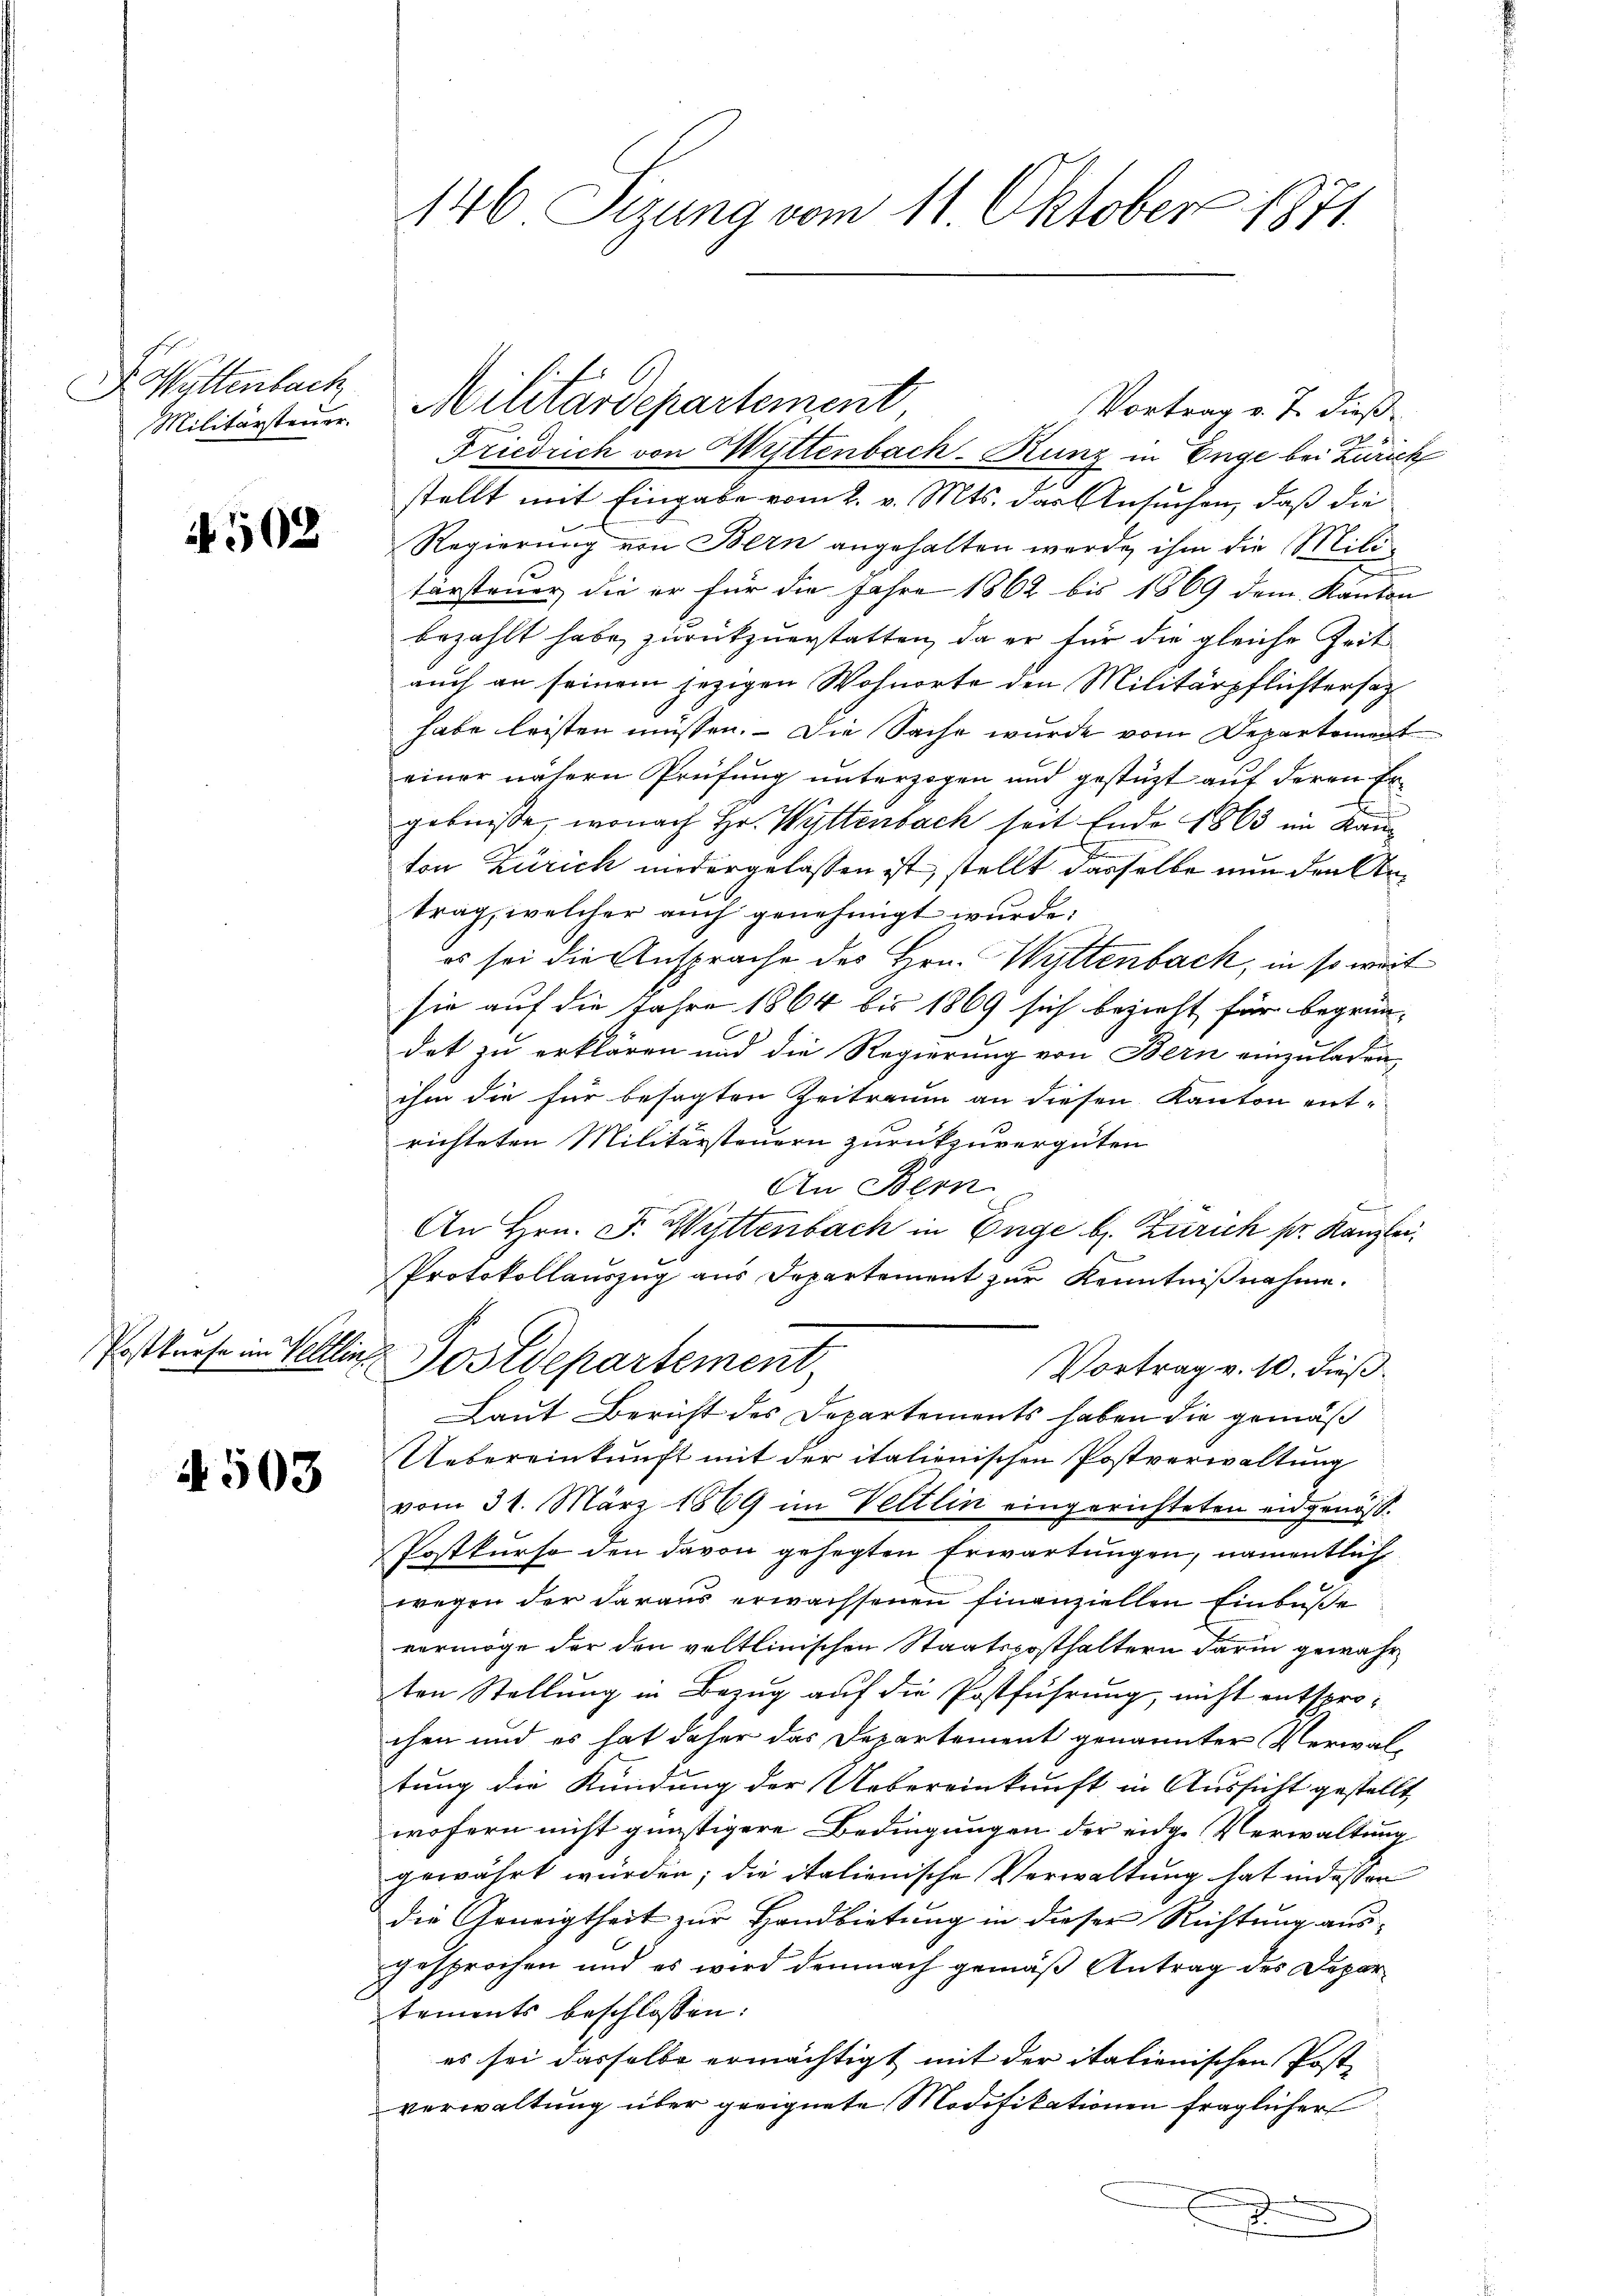
D. Wattenbach
Militärsteuer.

4502

Postkurse im Veltler,

N 503

146 Sizung vom 11. Oktober 1871

Vortrag v. J. dieß
Friedrich von Wittenbach-Rung in Enge bei Zürich
stellt mit Eingabe vom 2. v. Mts. das Ansuchen, daß die
Regierung von Bern angehalten werde ihm die Militürsteuer, die er für die Jahre 1862 bis 1869 dem Kanton
bezahlt habe, zurückzuerstatten, da er für die gleiche Zeit
auch an seinem jezigen Wohnorte den Militärpflichtersazhabe leisten müssen. Die Sache wurde vom Departement
einer nähern Prüfung unterzogen und gestützt auf deren Ergebnisse, wonach Hr. Wittenbach seit Ende 1863 im Kanton Zürich andergelassen ist, stellt dasselbe nun den Antrag, welcher auch genehmigt wurde;
es sei die Ansprache des Hrn. Wyttenbach, in so weit
sie auf die Jahre 1864 bis 1869 sich bezieht für begrün-
dat zu erklären und die Regierung von Bern einzuladen,
ihm die für besagten Zeitraum an diesen Kanton ent-
richteten Militärsteuern zurückzuvergüten
An Bern
An Hrn. F. Wittenbach in Enge b. Zürich pr. Kanzlei,
Protokollauszug aus Departement zur Kenntnißnahme.
 Postdepartement,
Vortrag v. 10. dieß.
Laut Bericht des Departements haben die gemäß
Uebereinkunft mit der italienischen Postverwaltung
vom 31. März 1869 im Veltlin eingerichteten eidgenöß¬
Postkurso den davon gehegten Erwartungen, namentlich
wegen der daraus erwachsenen finanziellen Einbuße
vermöge der den voltlinischen Staatscosthaltern darin gewahr
ten Stellung in Bezug auf die Postführung, nicht entsprochen und es hat daher das Departement genannter Verwal-
tung die Kündung der Uebereinkunft in Aussicht gestellt,
wofern nicht günstigere Bedingungen der eidge Verwaltung
gewährt würden; die italienische Verwaltung hat indessen
die Geneigtheit zur Handbietung in dieser Richtung ausgesprochen und es wird demnach gemäß Antrag des Departements beschlossen:
es sei dasselbe ermächtigt mit der italienischen Post-
verwaltung über geeignete Modifikationen fraglicher
s

Militärdepartement